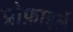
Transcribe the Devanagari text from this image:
प्रोफ़ाइलें